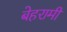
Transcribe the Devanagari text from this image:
बेहरामी